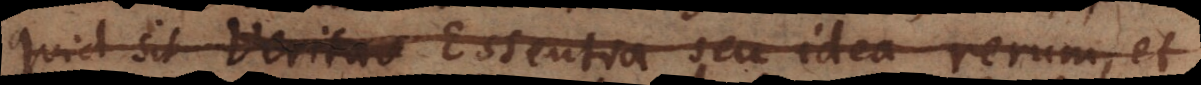
quid sit Veritas Essentia seu idea rerum, et